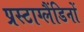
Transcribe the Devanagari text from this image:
प्रस्टाग्लैंडिनों